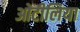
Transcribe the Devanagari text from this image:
ओटीलिया